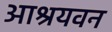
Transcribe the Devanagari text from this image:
आश्रयवन